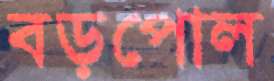
বড়পোল